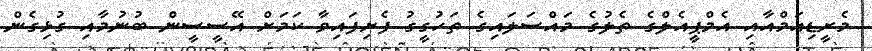
މެރީޑިއަމްއާއި އެމްޕީއެލްގެ ތެލުގެ މައްސަލައިގެ ތަހުގީގު ފެށިފައިވާ ކަމަށް އޭސީސީން ބުނުމާއި ގުޅިގެން